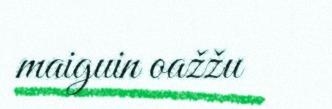
maiguin oažžu